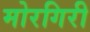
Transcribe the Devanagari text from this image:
मोरगिरी